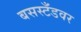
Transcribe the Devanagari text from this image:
बसस्टँडवर